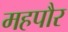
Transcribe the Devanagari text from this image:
महपौर